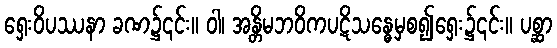
ရှေးဝိပဿနာ ခဏ၌၎င်း။ ဝါ၊ အန္တိမဘဝိကပဋိသန္ဓေမှစ၍ရှေး၌၎င်း။ ပစ္ဆာ